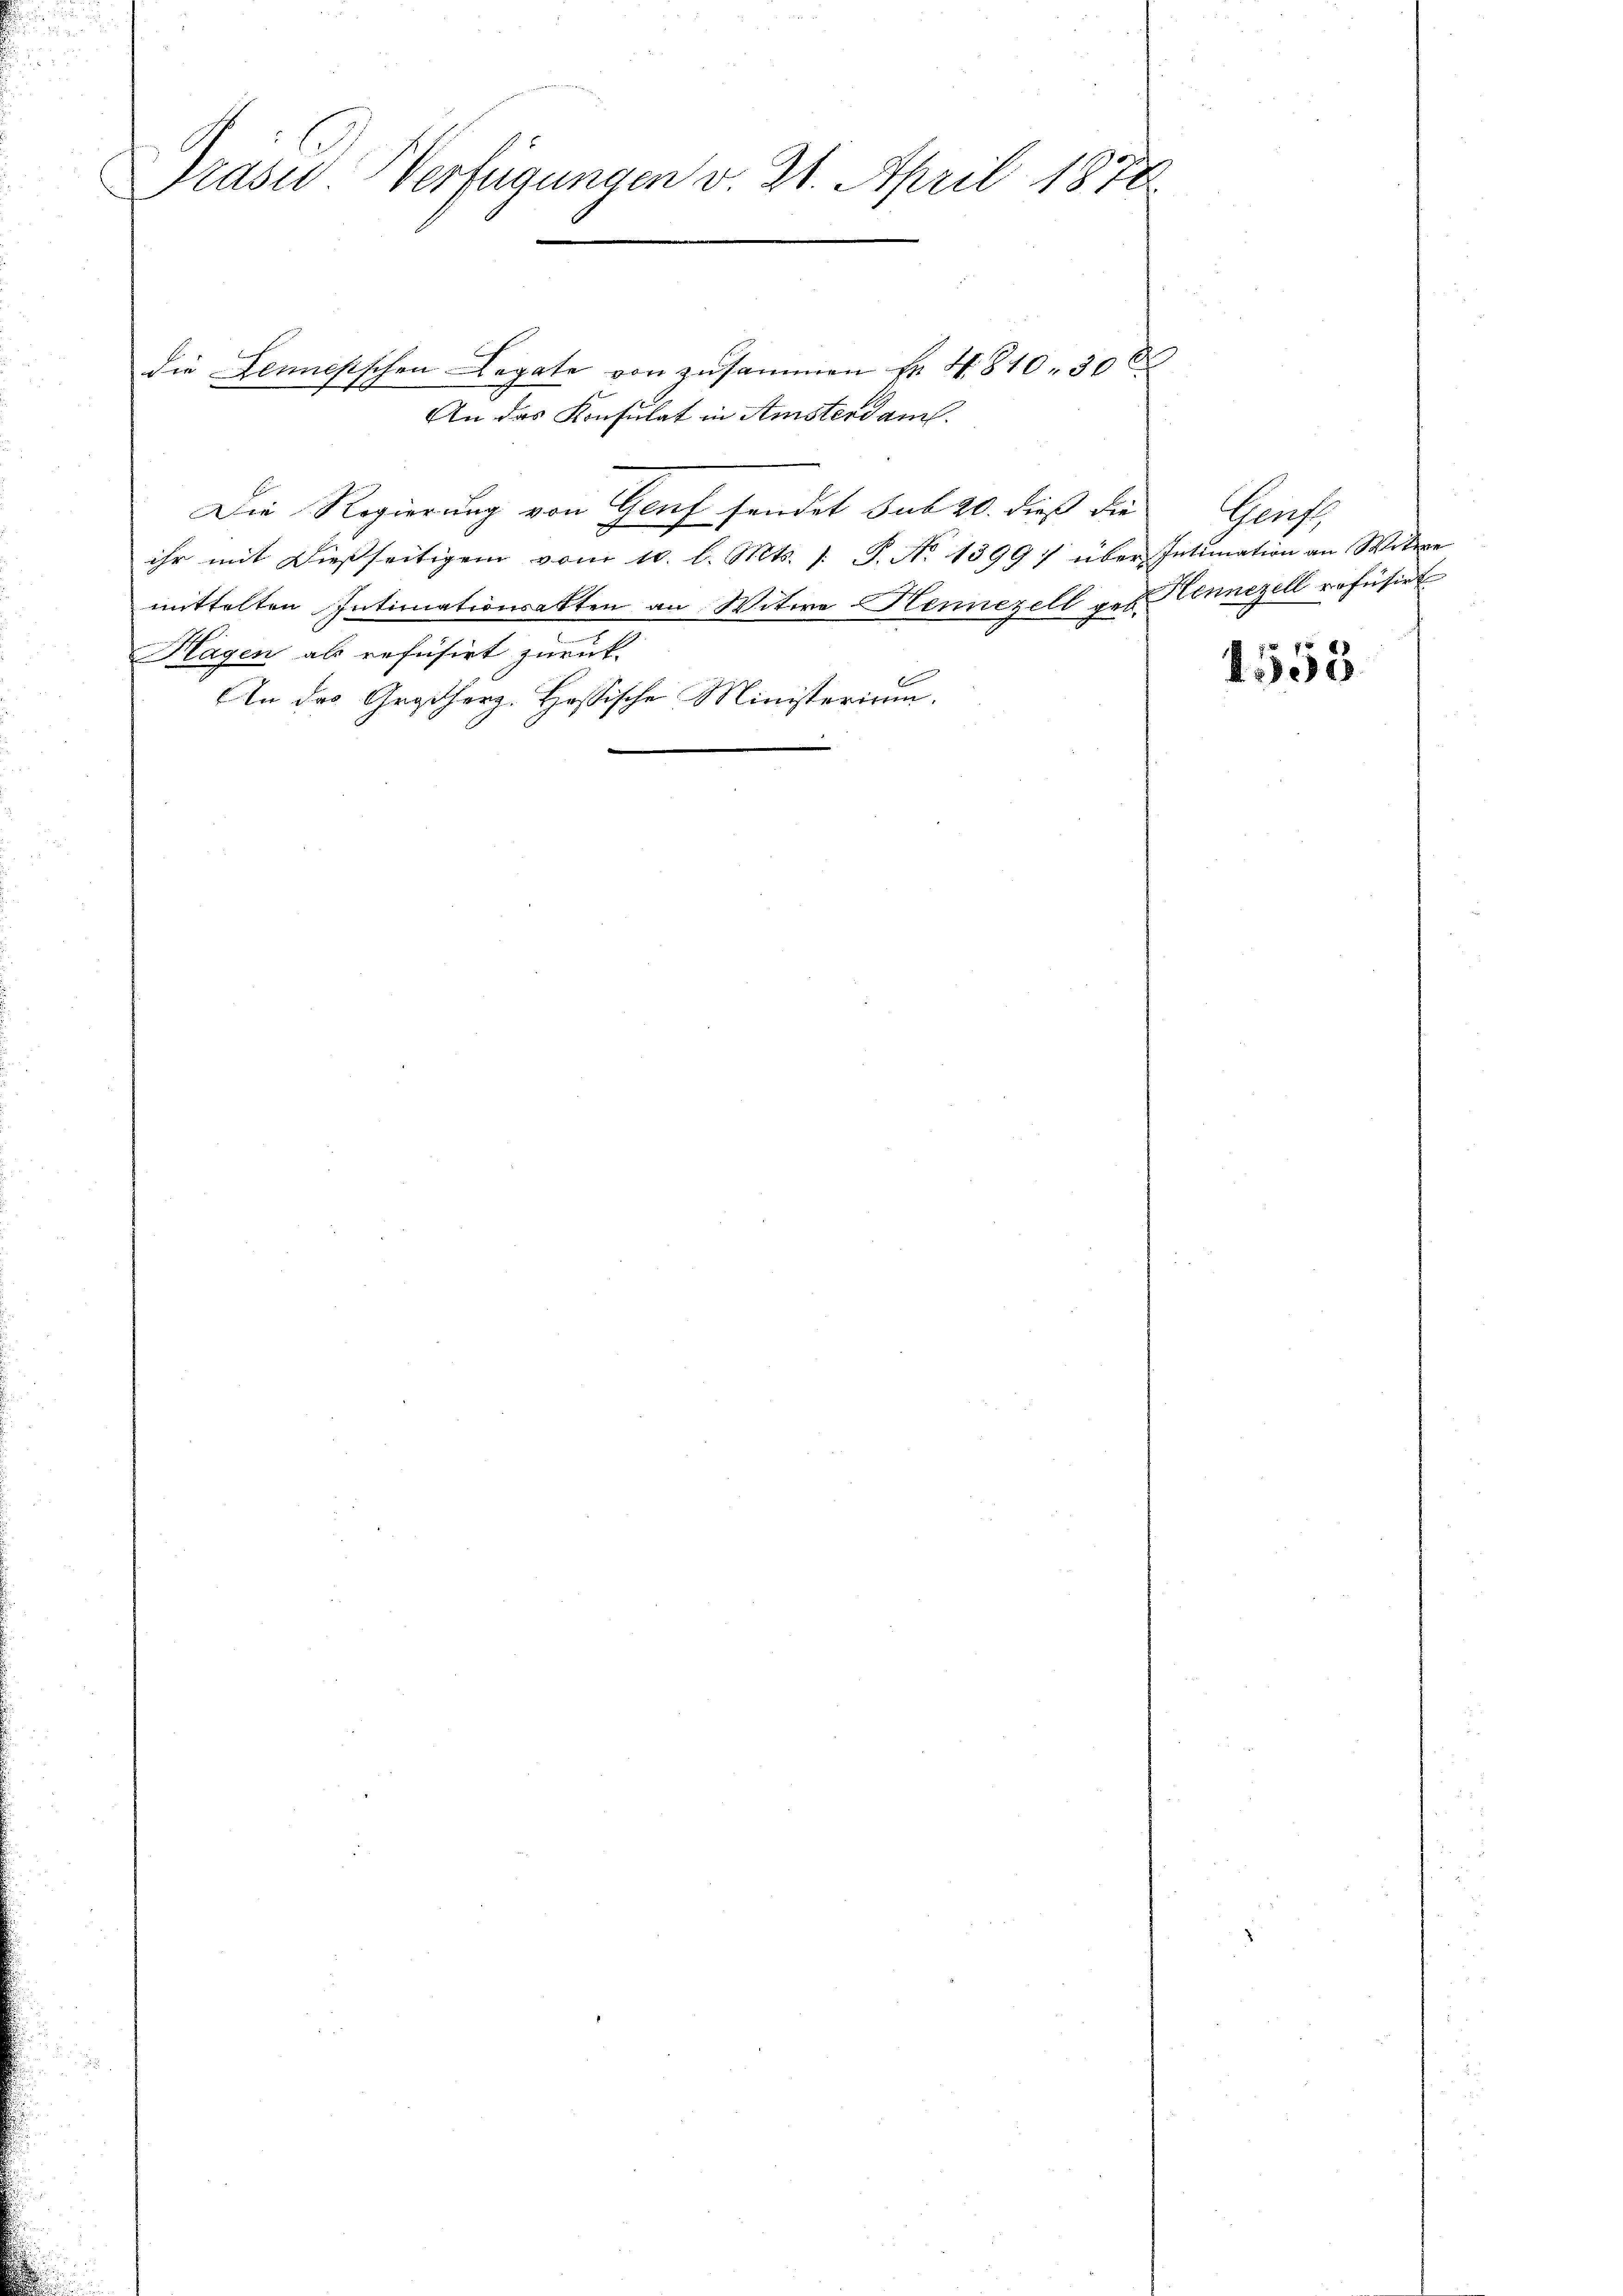
5

Prasus Verfügungen v. 21. April 1878

die Jennesschen Legate von zusammen Fr. 4810. 30 x
An das Konsulat in Amsterdam.
Die Regierung von Genf sendet sub 20. dieß die
ihr mit dießseitigen vom 10. l. Mts. 1. P. No 1399) über Intimation an Witwe
mittelten Intimationsakten an Witwe Hennezell geb. Hennezell refüsirt
Hagen als refusirt zurück.
An das Großherz- Hassische Ministerium.

J

Genf

1553